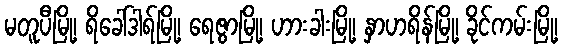
မတူပီမြို့၊ ရိခေါ်ဒါရ်မြို့၊ ရေဇွာမြို့၊ ဟားခါးမြို့၊ နှာဟရိန်မြို့၊ ခိုင်ကမ်းမြို့၊